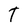
Character: T